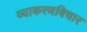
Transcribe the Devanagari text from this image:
व्याकरणविचार